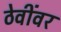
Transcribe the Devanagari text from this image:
ठेवींवर